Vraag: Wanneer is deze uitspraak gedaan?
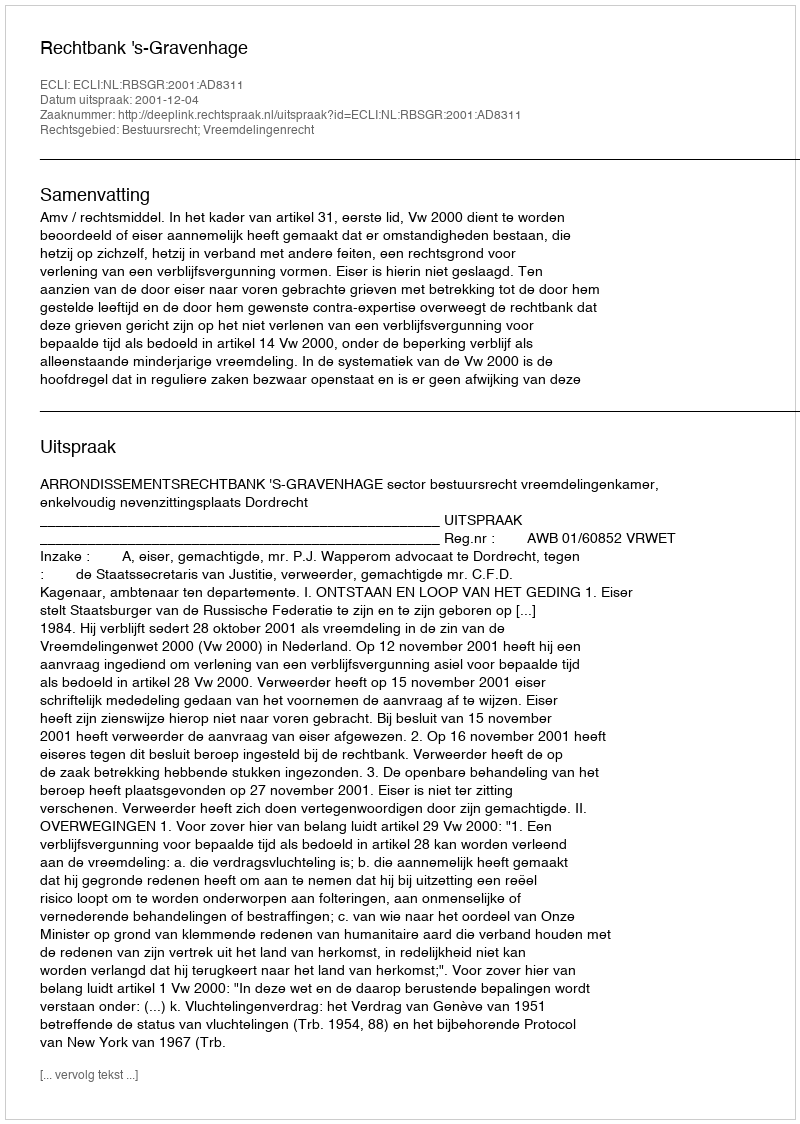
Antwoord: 2001-12-04